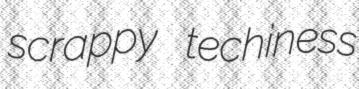
scrappy techiness